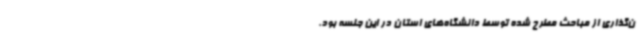
ن‌گذاری از مباحث مطرح شده توسط دانشگاه‌های استان در این جلسه بود.